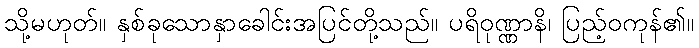
သို့မဟုတ်။ နှစ်ခုသောနှာခေါင်းအပြင်တို့သည်။ ပရိဝုဏ္ဏာနိ၊ ပြည့်ဝကုန်၏။